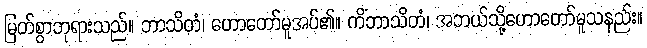
မြတ်စွာဘုရားသည်။ ဘာသိတံ၊ ဟောတော်မူအပ်၏။ ကိံဘာသိတံ၊ အဘယ်သို့ဟောတော်မူသနည်း။